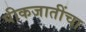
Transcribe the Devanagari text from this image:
पीकजातींचा